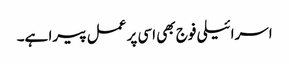
اسرائیلی فوج بھی اسی پر عمل پیرا ہے۔